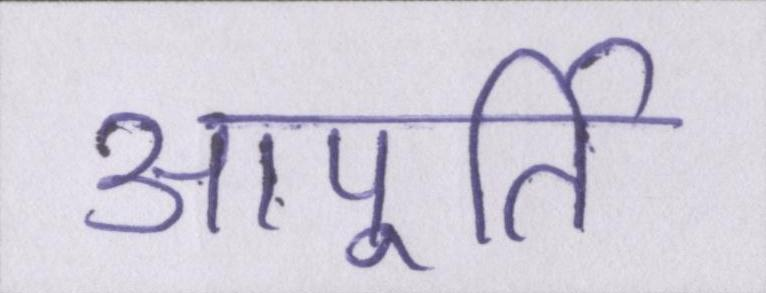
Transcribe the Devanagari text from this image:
आपूर्ति